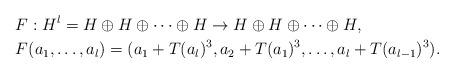
LaTeX: \begin{align*} & F: H^l = H \oplus H \oplus \dots \oplus H \to H \oplus H \oplus \dots \oplus H , \\ & F(a_1, \dots,a_l) =( a_1+T(a_l)^3, a_2 +T(a_1)^3, \dots, a_l +T(a_{l-1})^3). \end{align*}